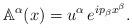
LaTeX: \begin{align*}\mathbb{A}^\alpha(x)=u^\alpha\,e^{ip_\beta x^\beta}.\end{align*}